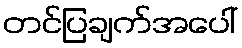
တင်ပြချက်အပေါ်